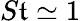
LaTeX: S\mathfrak{t}\simeq1